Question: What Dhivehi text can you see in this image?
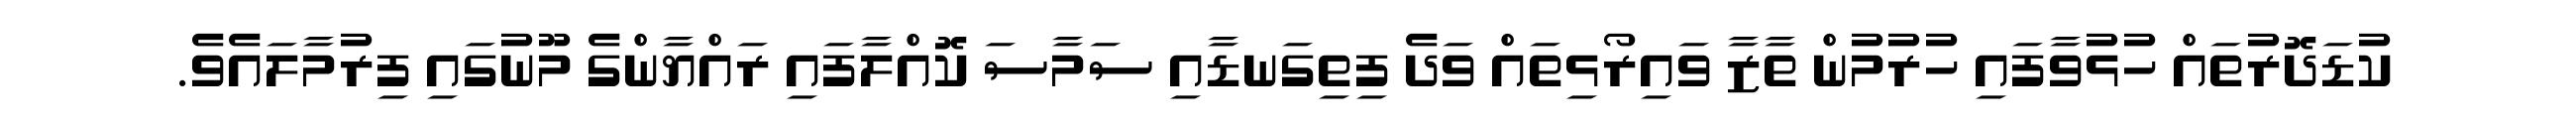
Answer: ކުޑަދޮރުތައް ހުޅުވާފައި ހުރުމުން ތާޒާ ވައިރޯޅިތައް ވަދެ ފިތިގަނޑާއި ސަމާސަ ކޮއްލާފައި ރައްޔާންގެ މޫނުގައި ފިރުމާލައެވެ.